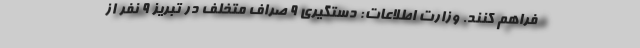
فراهم کنند. وزارت اطلاعات: دستگیری ۹ صراف متخلف در تبریز ۹ نفر از